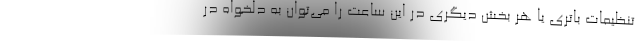
تنظیمات باتری یا هر بخش دیگری در این ساعت را می‌توان به دلخواه در